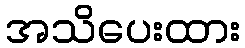
အသိပေးထား